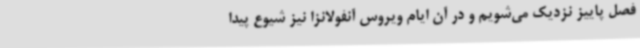
فصل پاییز نزدیک می‌شویم و در آن ایام ویروس آنفولانزا نیز شیوع پیدا